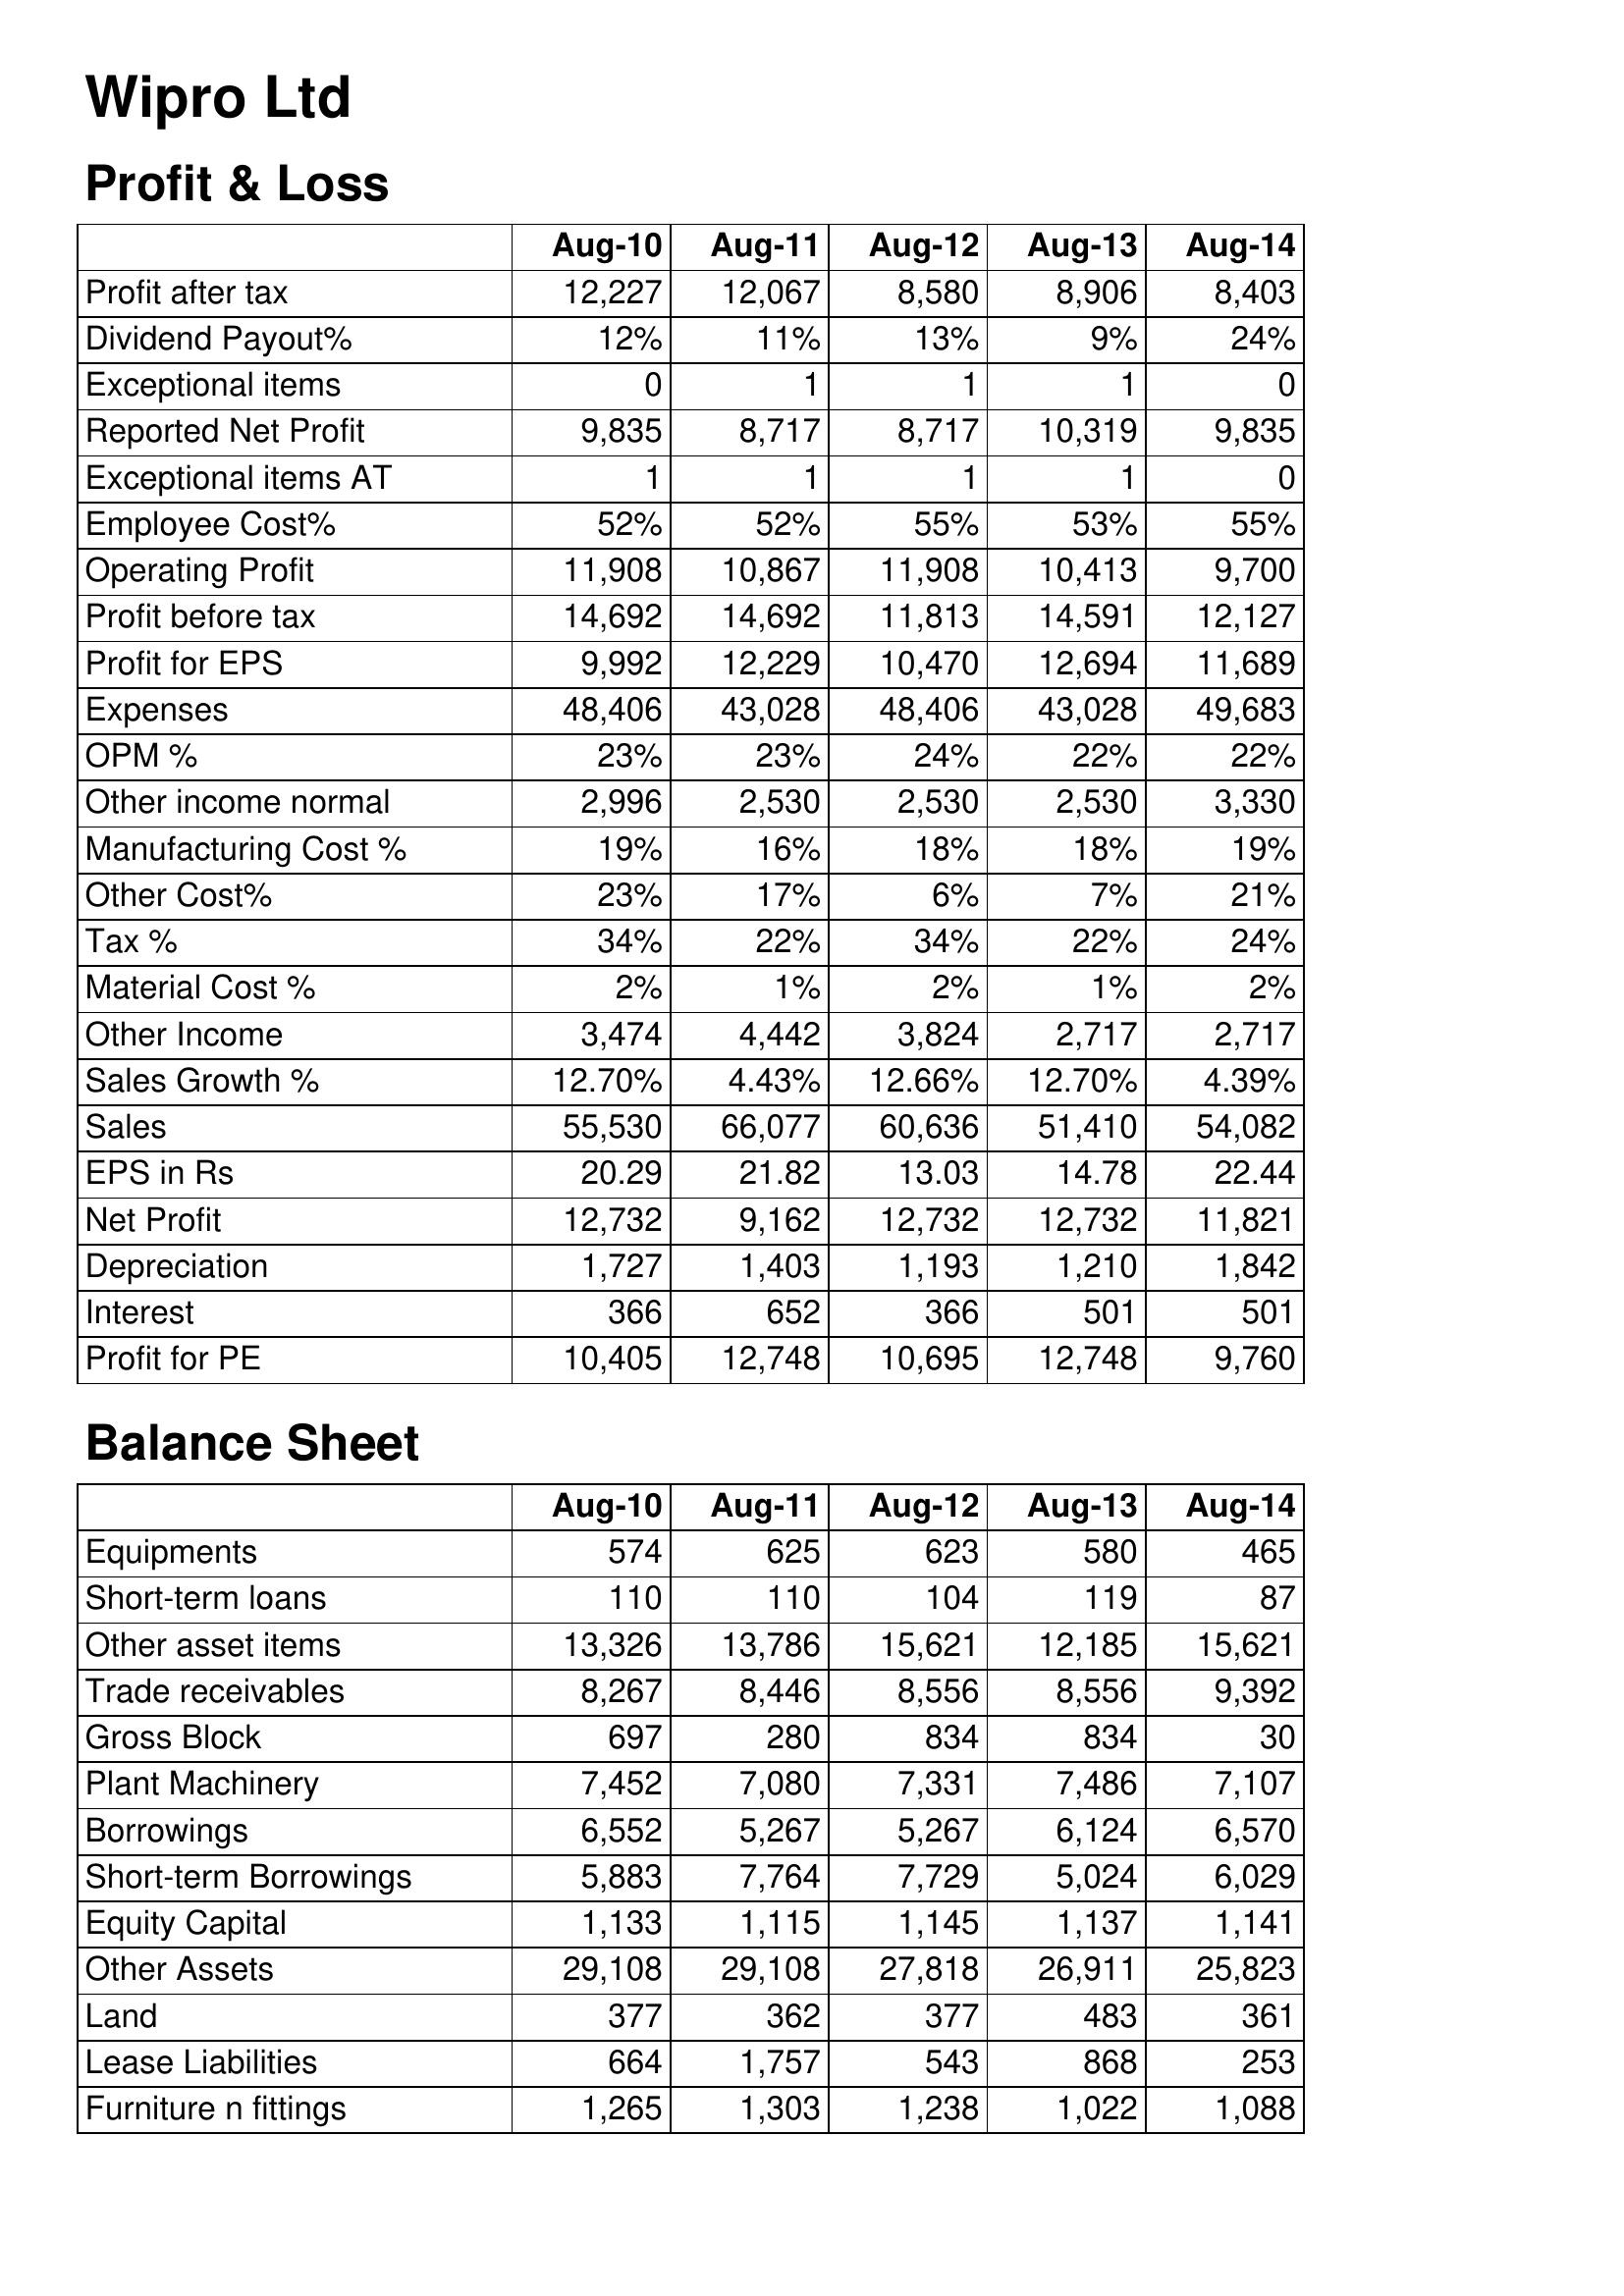
Aug-10: Profit & Loss: Profit after tax: 12,227
Dividend Payout%: 12%
Exceptional items: 0
Reported Net Profit: 9,835
Exceptional items AT: 1
Employee Cost%: 52%
Operating Profit: 11,908
Profit before tax: 14,692
Profit for EPS: 9,992
Expenses: 48,406
OPM %: 23%
Other income normal: 2,996
Manufacturing Cost %: 19%
Other Cost%: 23%
Tax %: 34%
Material Cost %: 2%
Other Income: 3,474
Sales Growth %: 12.70%
Sales: 55,530
EPS in Rs: 20.29
Net Profit: 12,732
Depreciation: 1,727
Interest: 366
Profit for PE: 10,405
Balance Sheet: Equipments: 574
Short-term loans: 110
Other asset items: 13,326
Trade receivables: 8,267
Gross Block: 697
Plant Machinery: 7,452
Borrowings: 6,552
Short-term Borrowings: 5,883
Equity Capital: 1,133
Other Assets: 29,108
Land: 377
Lease Liabilities: 664
Furniture n fittings: 1,265
Aug-11: Profit & Loss: Profit after tax: 12,067
Dividend Payout%: 11%
Exceptional items: 1
Reported Net Profit: 8,717
Exceptional items AT: 1
Employee Cost%: 52%
Operating Profit: 10,867
Profit before tax: 14,692
Profit for EPS: 12,229
Expenses: 43,028
OPM %: 23%
Other income normal: 2,530
Manufacturing Cost %: 16%
Other Cost%: 17%
Tax %: 22%
Material Cost %: 1%
Other Income: 4,442
Sales Growth %: 4.43%
Sales: 66,077
EPS in Rs: 21.82
Net Profit: 9,162
Depreciation: 1,403
Interest: 652
Profit for PE: 12,748
Balance Sheet: Equipments: 625
Short-term loans: 110
Other asset items: 13,786
Trade receivables: 8,446
Gross Block: 280
Plant Machinery: 7,080
Borrowings: 5,267
Short-term Borrowings: 7,764
Equity Capital: 1,115
Other Assets: 29,108
Land: 362
Lease Liabilities: 1,757
Furniture n fittings: 1,303
Aug-12: Profit & Loss: Profit after tax: 8,580
Dividend Payout%: 13%
Exceptional items: 1
Reported Net Profit: 8,717
Exceptional items AT: 1
Employee Cost%: 55%
Operating Profit: 11,908
Profit before tax: 11,813
Profit for EPS: 10,470
Expenses: 48,406
OPM %: 24%
Other income normal: 2,530
Manufacturing Cost %: 18%
Other Cost%: 6%
Tax %: 34%
Material Cost %: 2%
Other Income: 3,824
Sales Growth %: 12.66%
Sales: 60,636
EPS in Rs: 13.03
Net Profit: 12,732
Depreciation: 1,193
Interest: 366
Profit for PE: 10,695
Balance Sheet: Equipments: 623
Short-term loans: 104
Other asset items: 15,621
Trade receivables: 8,556
Gross Block: 834
Plant Machinery: 7,331
Borrowings: 5,267
Short-term Borrowings: 7,729
Equity Capital: 1,145
Other Assets: 27,818
Land: 377
Lease Liabilities: 543
Furniture n fittings: 1,238
Aug-13: Profit & Loss: Profit after tax: 8,906
Dividend Payout%: 9%
Exceptional items: 1
Reported Net Profit: 10,319
Exceptional items AT: 1
Employee Cost%: 53%
Operating Profit: 10,413
Profit before tax: 14,591
Profit for EPS: 12,694
Expenses: 43,028
OPM %: 22%
Other income normal: 2,530
Manufacturing Cost %: 18%
Other Cost%: 7%
Tax %: 22%
Material Cost %: 1%
Other Income: 2,717
Sales Growth %: 12.70%
Sales: 51,410
EPS in Rs: 14.78
Net Profit: 12,732
Depreciation: 1,210
Interest: 501
Profit for PE: 12,748
Balance Sheet: Equipments: 580
Short-term loans: 119
Other asset items: 12,185
Trade receivables: 8,556
Gross Block: 834
Plant Machinery: 7,486
Borrowings: 6,124
Short-term Borrowings: 5,024
Equity Capital: 1,137
Other Assets: 26,911
Land: 483
Lease Liabilities: 868
Furniture n fittings: 1,022
Aug-14: Profit & Loss: Profit after tax: 8,403
Dividend Payout%: 24%
Exceptional items: 0
Reported Net Profit: 9,835
Exceptional items AT: 0
Employee Cost%: 55%
Operating Profit: 9,700
Profit before tax: 12,127
Profit for EPS: 11,689
Expenses: 49,683
OPM %: 22%
Other income normal: 3,330
Manufacturing Cost %: 19%
Other Cost%: 21%
Tax %: 24%
Material Cost %: 2%
Other Income: 2,717
Sales Growth %: 4.39%
Sales: 54,082
EPS in Rs: 22.44
Net Profit: 11,821
Depreciation: 1,842
Interest: 501
Profit for PE: 9,760
Balance Sheet: Equipments: 465
Short-term loans: 87
Other asset items: 15,621
Trade receivables: 9,392
Gross Block: 30
Plant Machinery: 7,107
Borrowings: 6,570
Short-term Borrowings: 6,029
Equity Capital: 1,141
Other Assets: 25,823
Land: 361
Lease Liabilities: 253
Furniture n fittings: 1,088